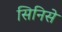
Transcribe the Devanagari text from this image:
सिनिसे